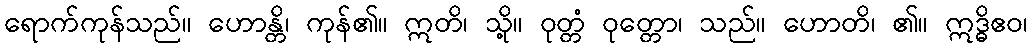
ရောက်ကုန်သည်။ ဟောန္တိ၊ ကုန်၏။ ဣတိ၊ သို့။ ဝုတ္တံ ဝုတ္တော၊ သည်။ ဟောတိ၊ ၏။ ဣဒ္ဓိဧဝ၊